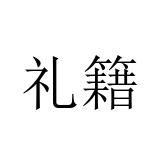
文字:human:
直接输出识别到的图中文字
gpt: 礼籍